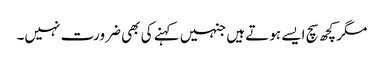
مگر کچھ سچ ایسے ہوتے ہیں جنہیں کہنے کی بھی ضرورت نہیں۔